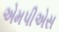
એમપીએસ